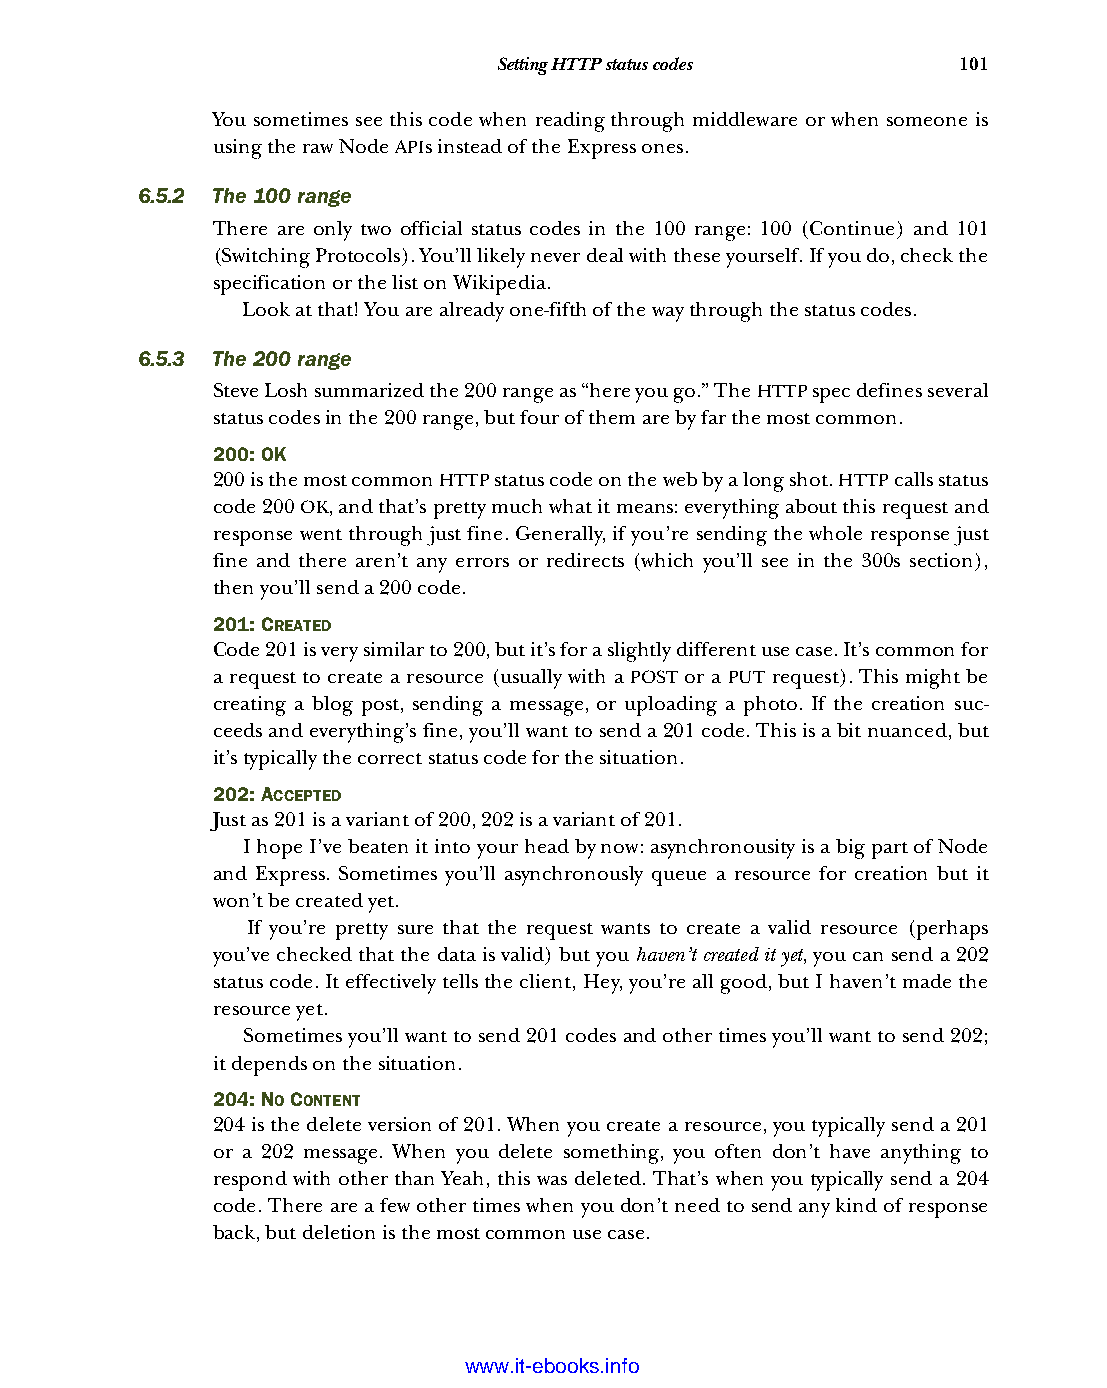
Setting HTTP status codes     101
 You sometimes see this code when reading through middleware or when someone is
 using the raw Node APIs instead of the Express ones.
 6.5.2 The 100 range
 There are only two official status codes in the 100 range: 100 (Continue) and 101
 (Switching Protocols). You’ll likely never deal with these yourself. If you do, check the
 specification or the list on Wikipedia.
 Look at that! You are already one-fifth of the way through the status codes.
 6.5.3 The 200 range
 Steve Losh summarized the 200 range as “here you go.” The HTTP spec defines several
 status codes in the 200 range, but four of them are by far the most common.
 200: OK
 200 is the most common HTTP status code on the web by a long shot. HTTP calls status
 code 200 OK, and that’s pretty much what it means: everything about this request and
 response went through just fine. Generally, if you’re sending the whole response just
 fine and there aren’t any errors or redirects (which you’ll see in the 300s section),
 then you’ll send a 200 code.
 201: CREATED
 Code 201 is very similar to 200, but it’s for a slightly different use case. It’s common for
 a request to create a resource (usually with a POST or a PUT request). This might be
 creating a blog post, sending a message, or uploading a photo. If the creation suc-
 ceeds and everything’s fine, you’ll want to send a 201 code. This is a bit nuanced, but
 it’s typically the correct status code for the situation.
 202: ACCEPTED
 Just as 201 is a variant of 200, 202 is a variant of 201.
 I hope I’ve beaten it into your head by now: asynchronousity is a big part of Node
 and Express. Sometimes you’ll asynchronously queue a resource for creation but it
 won’t be created yet.
 If you’re pretty sure that the request wants to create a valid resource (perhaps
 you’ve checked that the data is valid) but you haven’t created it yet, you can send a 202
 status code. It effectively tells the client, Hey, you’re all good, but I haven’t made the
 resource yet.
 Sometimes you’ll want to send 201 codes and other times you’ll want to send 202;
 it depends on the situation.
 204: NO CONTENT
 204 is the delete version of 201. When you create a resource, you typically send a 201
 or a 202 message. When you delete something, you often don’t have anything to
 respond with other than Yeah, this was deleted. That’s when you typically send a 204
 code. There are a few other times when you don’t need to send any kind of response
 back, but deletion is the most common use case.
 Licensed wtow w <.mit-ielebro.8o8k8s@.ingfomail.com>